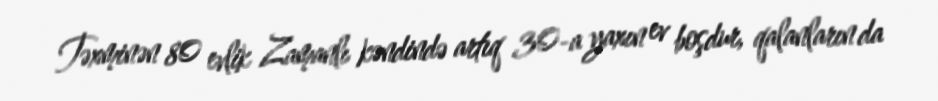
Təxminən 80 evlik Zamanlı kəndində artıq 30-a yaxın ev boşdur, qalanların da